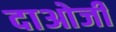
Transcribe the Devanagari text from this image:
दाओजी